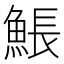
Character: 𩸕